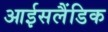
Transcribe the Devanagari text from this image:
आईसलैंडिक